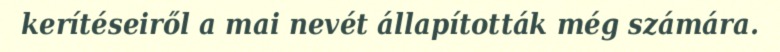
kerítéseiről a mai nevét állapították még számára.